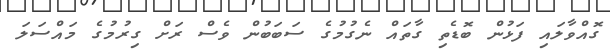
ގޮއްވާލައި ފަޅުން ބޮޑެތި ގާތައް ނެގުމުގެ ސަބަބުން ވެސް ރަށް ގިރުމުގެ މައްސަލަ